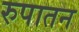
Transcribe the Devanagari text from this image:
रुपातन